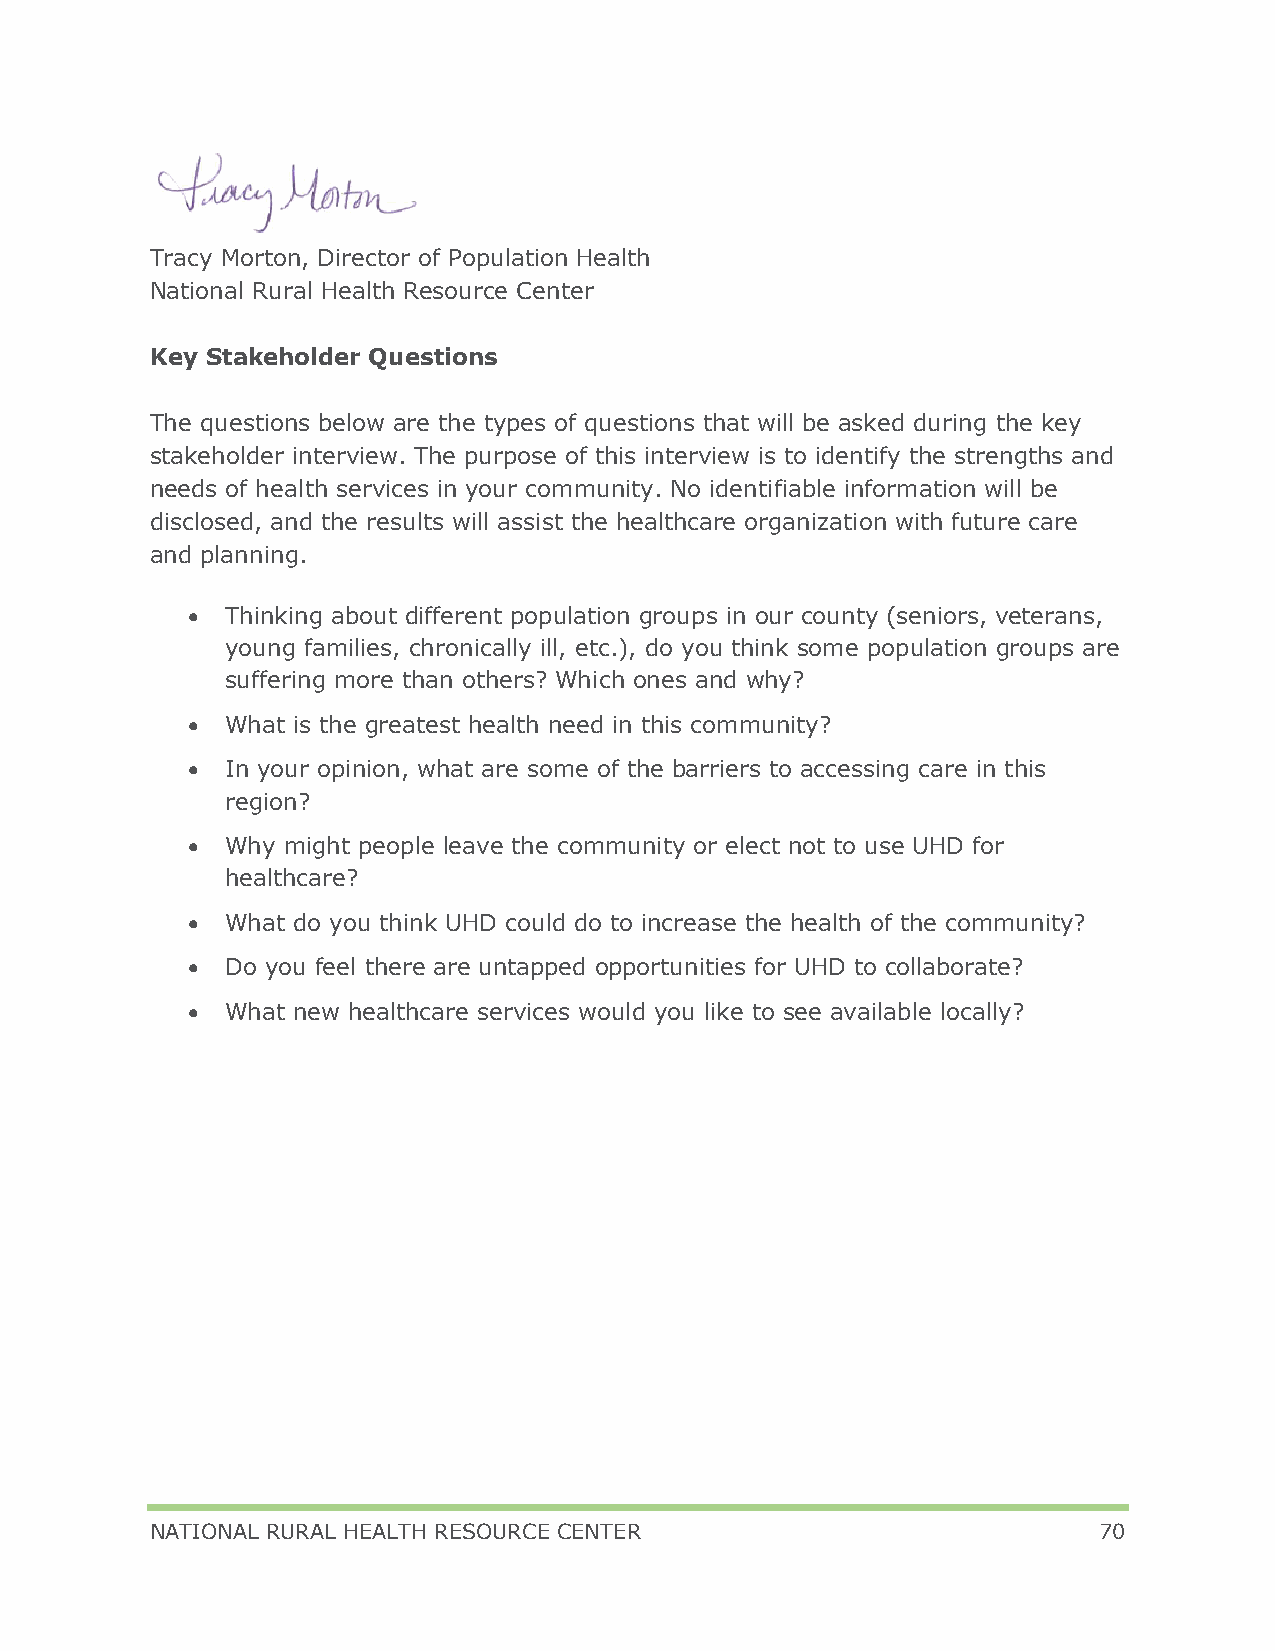
Tracy Morton, Director of Population Health
 National Rural Health Resource Center
 Key Stakeholder Questions
 The questions below are the types of questions that will be asked during the key
 stakeholder interview. The purpose of this interview is to identify the strengths and
 needs of health services in your community. No identifiable information will be
 disclosed, and the results will assist the healthcare organization with future care
 and planning.
 •  Thinking about different population groups in our county (seniors, veterans,
 young families, chronically ill, etc.), do you think some population groups are
 suffering more than others? Which ones and why?
 •  What is the greatest health need in this community?
 •  In your opinion, what are some of the barriers to accessing care in this
 region?
 •  Why might people leave the community or elect not to use UHD for
 healthcare?
 •  What do you think UHD could do to increase the health of the community?
 •  Do you feel there are untapped opportunities for UHD to collaborate?
 •  What new healthcare services would you like to see available locally?
 NATIONAL RURAL HEALTH RESOURCE CENTER                          70